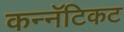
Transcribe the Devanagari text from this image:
कन्नॅटिकट